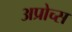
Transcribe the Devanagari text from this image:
अप्रोच्स